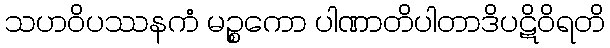
သဟဝိပဿနကံ မဉ္စကော ပါဏာတိပါတာဒိပဋိဝိရတိ